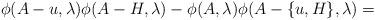
LaTeX: \begin{align*}\phi(A-u,\lambda)\phi(A-H,\lambda)-\phi(A,\lambda)\phi(A-\{u,H\},\lambda)=\end{align*}